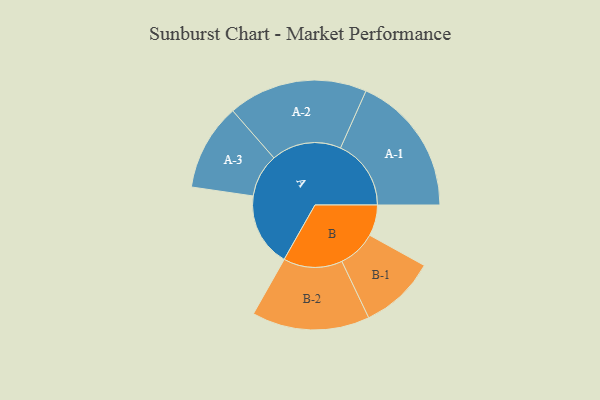
{"axis": {"x": "Segment", "y": "Value"}, "legend": ["", "A", "B"], "data": [{"x": "A", "y": 290, "type": ""}, {"x": "B", "y": 122, "type": ""}, {"x": "A-1", "y": 278, "type": "A"}, {"x": "A-2", "y": 275, "type": "A"}, {"x": "A-3", "y": 171, "type": "A"}, {"x": "B-1", "y": 150, "type": "B"}, {"x": "B-2", "y": 232, "type": "B"}]}